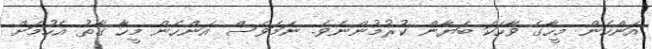
އަންހެން މީހާގެ ވާހަކަ ބަޔާން ކުރުމުންނެވެ. ނަމަވެސް އަންހެން މީހާ ގާތު އެހުމަށް